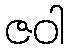
ဇဝါ